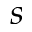
s